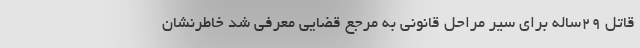
قاتل ۲۹ساله برای سیر مراحل قانونی به مرجع قضایی معرفی شد خاطرنشان